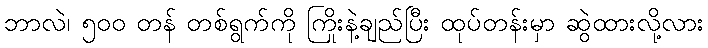
ဘာလဲ၊ ၅၀၀ တန် တစ်ရွက်ကို ကြိုးနဲ့ချည်ပြီး ထုပ်တန်းမှာ ဆွဲထားလို့လား